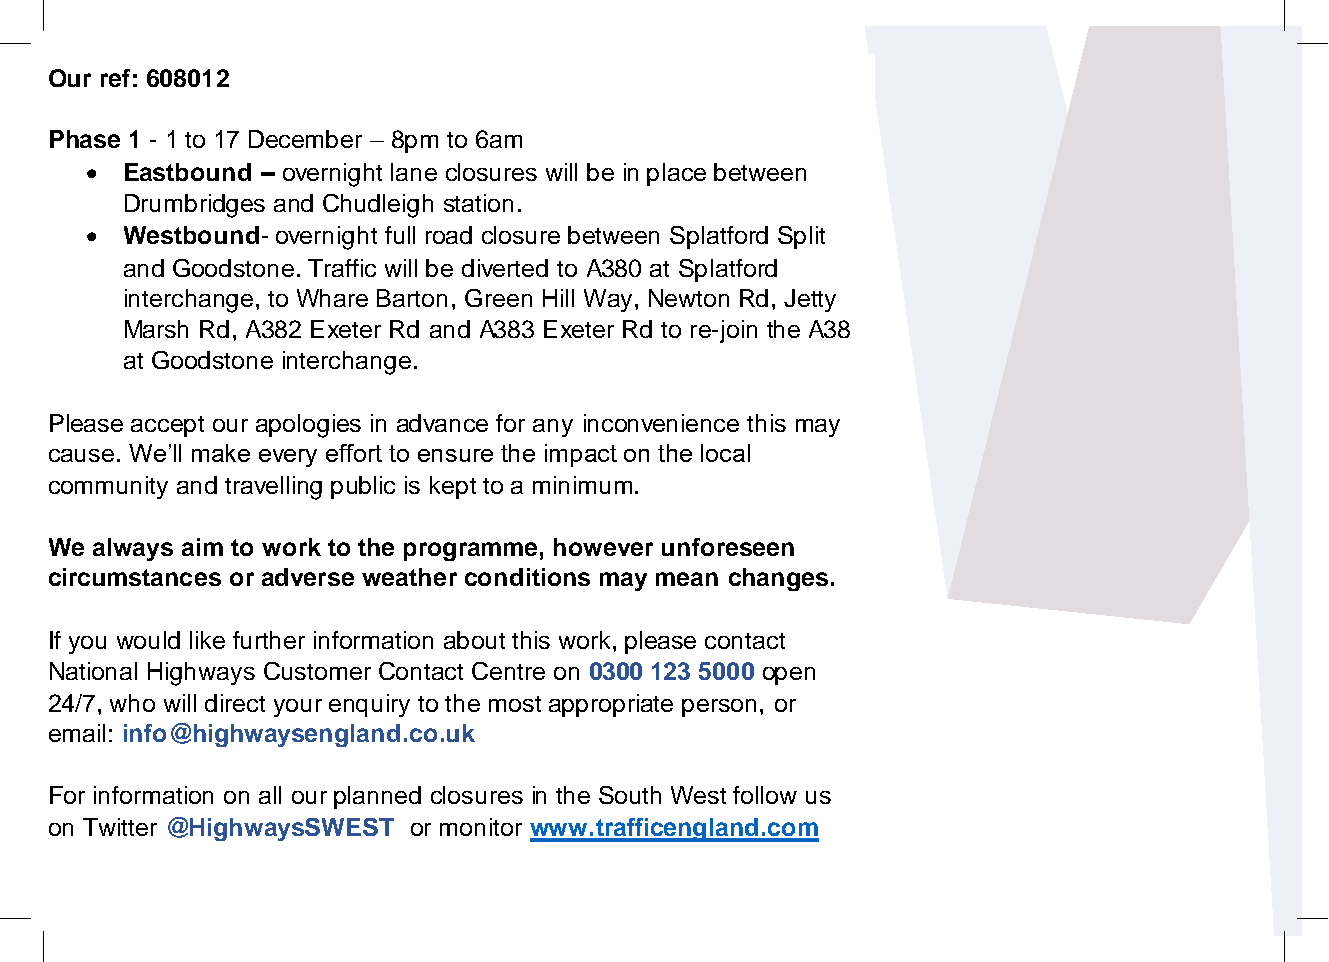
Our ref: 608012
 Phase 1 - 1 to 17 December – 8pm to 6am
 • Eastbound – overnight lane closures will be in place between
 ‘       Drumbridges and Chudleigh station.
 • Westbound- overnight full road closure between Splatford Split
 and Goodstone. Traffic will be diverted to A380 at Splatford
 interchange, to Whare Barton, Green Hill Way, Newton Rd, Jetty
 Marsh Rd, A382 Exeter Rd and A383 Exeter Rd to re-join the A38
 at Goodstone interchange.
 Please accept our apologies in advance for any inconvenience this may
 cause. We’ll make every effort to ensure the impact on the local
 community and travelling public is kept to a minimum.
 We always aim to work to the programme, however unforeseen
 circumstances or adverse weather conditions may mean changes.
 If you would like further information about this work, please contact
 National Highways Customer Contact Centre on 0300 123 5000 open
 24/7, who will direct your enquiry to the most appropriate person, or
 email: info@highwaysengland.co.uk
 For information on all our planned closures in the South West follow us
 on Twitter @HighwaysSWEST or monitor www.trafficengland.com